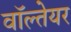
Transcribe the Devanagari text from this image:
वॉल्तेयर